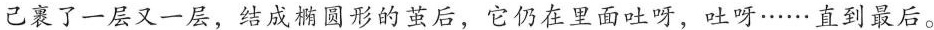
己裹了一层又一层，结成椭圆形的茧后，它仍在里面吐呀，吐呀……直到最后。